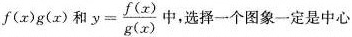
f(x)g(x)和 $$y= \frac{f(x)}{g(x)}$$ 中，选择一个图象一定是中心